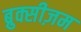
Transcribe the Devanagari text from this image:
ब्रुक्सीज़म